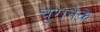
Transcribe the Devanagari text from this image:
चुरानेके